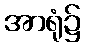
အာရုံ၌